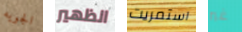
الجويه الظهير استمريت غير